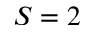
S = 2